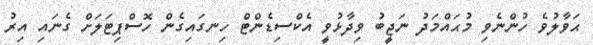
ޙަވާލުވެ ހުންނެވި މުޙައްމަދު ނަޖީބު ވިދާޅުވީ އެކްސިޑެންޓް ހިނގައިގެން ހޮސްޕިޓަލަށް ގެނައި އިރު